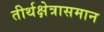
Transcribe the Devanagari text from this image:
तीर्थक्षेत्रासमान